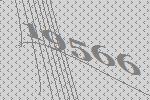
19566